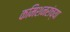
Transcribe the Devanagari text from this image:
कमिशनरांच्या